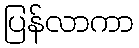
ပြန်လာကာ